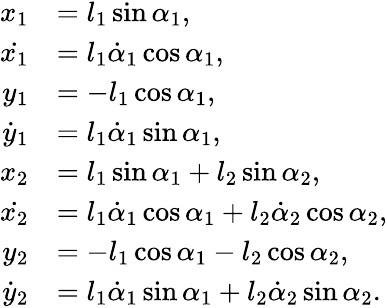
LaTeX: \begin{array}{rl}{x_{1}}&{=l_{1}\sin\alpha_{1},}\\ {\dot{x_{1}}}&{=l_{1}\dot{\alpha}_{1}\cos\alpha_{1},}\\ {y_{1}}&{=-l_{1}\cos\alpha_{1},}\\ {\dot{y}_{1}}&{=l_{1}\dot{\alpha}_{1}\sin\alpha_{1},}\\ {x_{2}}&{=l_{1}\sin\alpha_{1}+l_{2}\sin\alpha_{2},}\\ {\dot{x_{2}}}&{=l_{1}\dot{\alpha}_{1}\cos\alpha_{1}+l_{2}\dot{\alpha}_{2}\cos\alpha_{2},}\\ {y_{2}}&{=-l_{1}\cos\alpha_{1}-l_{2}\cos\alpha_{2},}\\ {\dot{y}_{2}}&{=l_{1}\dot{\alpha}_{1}\sin\alpha_{1}+l_{2}\dot{\alpha}_{2}\sin\alpha_{2}.}\end{array}